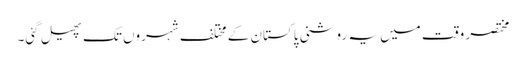
مختصر وقت میں یہ روشنی پاکستان کے مختلف شہروں تک پھیل گئی۔